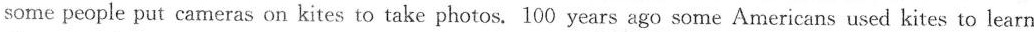
some people put cameras on kites to take photos. 100 years ago some Americans used kites to learn